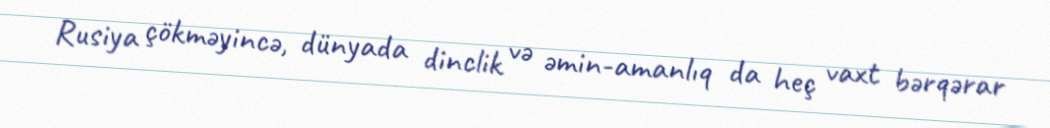
Rusiya çökməyincə, dünyada dinclik və əmin-amanlıq da heç vaxt bərqərar